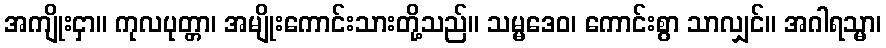
အကျိုးငှာ။ ကုလပုတ္တာ၊ အမျိုးကောင်းသားတို့သည်။ သမ္မဒေဝ၊ ကောင်းစွာ သာလျှင်။ အဂါရသ္မာ၊